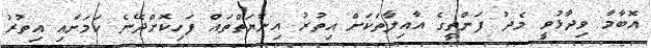
އޮބާމާ ވިދާޅުވީ މެދު ފަންތީގެ އާއިލާތަކަށް އިތުރު އިނާޔަތްތައް ފަހިކޮށްދޭނެ ކަމަށާއި އިތުރު